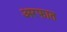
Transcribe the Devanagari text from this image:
अरफात